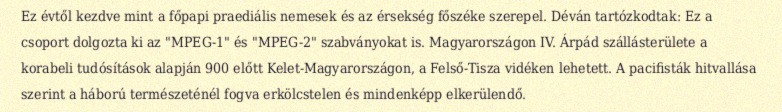
Ez évtől kezdve mint a főpapi praediális nemesek és az érsekség főszéke szerepel. Déván tartózkodtak: Ez a csoport dolgozta ki az "MPEG-1" és "MPEG-2" szabványokat is. Magyarországon IV. Árpád szállásterülete a korabeli tudósítások alapján 900 előtt Kelet-Magyarországon, a Felső-Tisza vidéken lehetett. A pacifisták hitvallása szerint a háború természeténél fogva erkölcstelen és mindenképp elkerülendő.